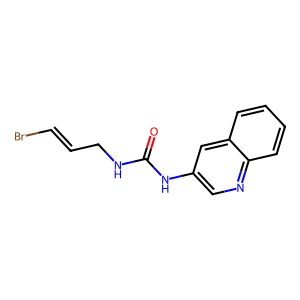
SMILES: O=C(NCC=CBr)Nc1cnc2ccccc2c1
Inhibits HIV replication: No